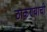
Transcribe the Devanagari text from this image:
ठाकण्याची